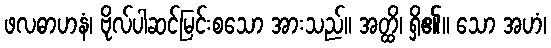
ဖလဓာဟနံ၊ ဗိုလ်ပါဆင်မြင်းစသော အားသည်။ အတ္ထိ၊ ရှိ၏။ သော အဟံ၊